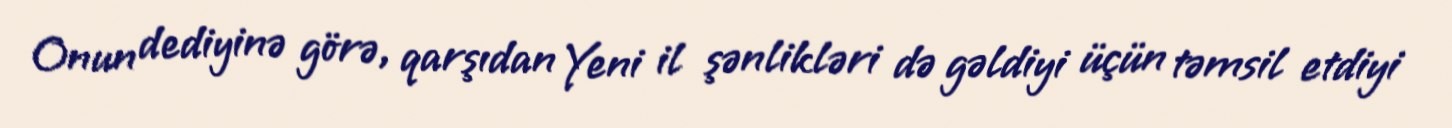
Onun dediyinə görə, qarşıdan Yeni il şənlikləri də gəldiyi üçün təmsil etdiyi